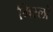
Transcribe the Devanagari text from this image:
मिस्लों